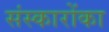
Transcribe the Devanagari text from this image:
संस्कारोंका